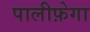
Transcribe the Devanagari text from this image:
पालीफ़ेगा